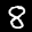
Label: 8